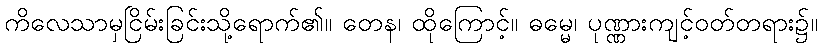
ကိလေသာမှငြိမ်းခြင်းသို့ရောက်၏။ တေန၊ ထိုကြောင့်။ ဓမ္မေ၊ ပုဏ္ဏားကျင့်ဝတ်တရား၌။